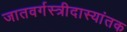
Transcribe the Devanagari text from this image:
जातवर्गस्त्रीदास्यांतक